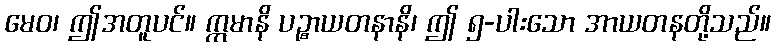
မေဝ၊ ဤအတူပင်။ ဣမာနိ ပဉ္စာယတနာနိ၊ ဤ ၅-ပါးသော အာယတနတို့သည်။